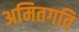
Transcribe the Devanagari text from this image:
अमितगति